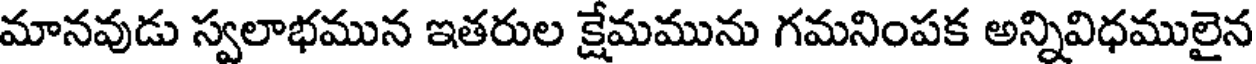
మానవుడు స్వలాభమున ఇతరుల క్షేమమును గమనింపక అన్నివిధములైన